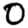
Digit: 0